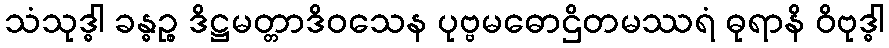
သံသုဒ္ဓါ ခန္ဓဉ္စ ဒိဋ္ဌမတ္တာဒိဝသေန ပုဗ္ဗမဓောဌိတမဿရံ ဓုရာနိ ဝိဗုဒ္ဓါ